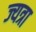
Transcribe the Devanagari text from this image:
ज्यत्रा